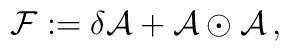
{\cal F} := \delta {\cal A} + {\cal A}\odot {\cal A} \, ,